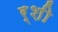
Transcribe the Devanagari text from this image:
र्शी